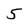
Character: 5